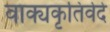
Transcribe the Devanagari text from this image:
वाक्यकृतिर्वेदे